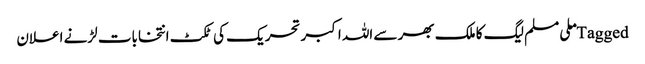
Tagged ملی مسلم لیگ کا ملک بھر سے اللہ اکبر تحریک کی ٹکٹ انتخابات لڑنے اعلان